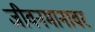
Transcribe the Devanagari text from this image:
जीवनमानावर